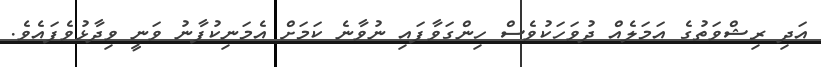
އަދި ރިޝްވަތުގެ އަމަލެއް ދުވަހަކުވެސް ހިންގަވާފައި ނުވާނެ ކަަމަށް އެމަނިކުފާނު ވަނީ ވިދާޅުވެފައެވެ.